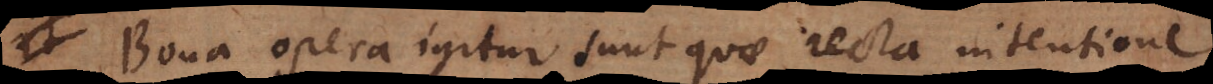
Bona opera igitur sunt quae recta intentione